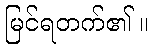
မြင်ရတက်၏ ။